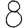
Digit: 8